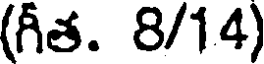
(గీత. 8/14)